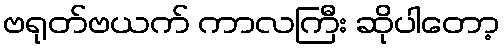
ဗရုတ်ဗယက် ကာလကြီး ဆိုပါတော့